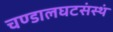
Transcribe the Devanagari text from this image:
चण्डालघटसंस्थं